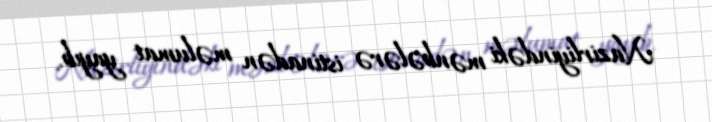
Nazirliyindəki mənbələrə istinadən məlumat yayıb.